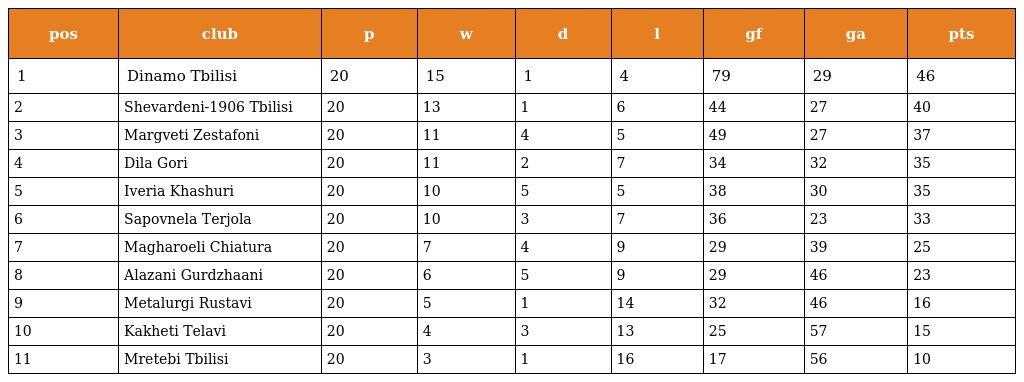
| pos | club | p | w | d | l | gf | ga | pts |
 | --- | --- | --- | --- | --- | --- | --- | --- | --- |
 | 1 | Dinamo Tbilisi | 20 | 15 | 1 | 4 | 79 | 29 | 46 |
 | 2 | Shevardeni-1906 Tbilisi | 20 | 13 | 1 | 6 | 44 | 27 | 40 |
 | 3 | Margveti Zestafoni | 20 | 11 | 4 | 5 | 49 | 27 | 37 |
 | 4 | Dila Gori | 20 | 11 | 2 | 7 | 34 | 32 | 35 |
 | 5 | Iveria Khashuri | 20 | 10 | 5 | 5 | 38 | 30 | 35 |
 | 6 | Sapovnela Terjola | 20 | 10 | 3 | 7 | 36 | 23 | 33 |
 | 7 | Magharoeli Chiatura | 20 | 7 | 4 | 9 | 29 | 39 | 25 |
 | 8 | Alazani Gurdzhaani | 20 | 6 | 5 | 9 | 29 | 46 | 23 |
 | 9 | Metalurgi Rustavi | 20 | 5 | 1 | 14 | 32 | 46 | 16 |
 | 10 | Kakheti Telavi | 20 | 4 | 3 | 13 | 25 | 57 | 15 |
 | 11 | Mretebi Tbilisi | 20 | 3 | 1 | 16 | 17 | 56 | 10 |